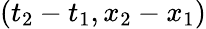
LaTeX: (t_{2}-t_{1},x_{2}-x_{1})